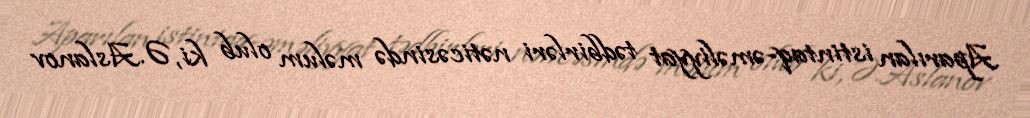
Aparılan istintaq-əməliyyat tədbirləri nəticəsində məlum olub ki, Ə.Aslanov